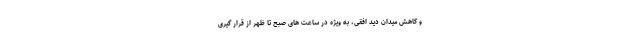
و کاهش میدان دید افقی، به ویژه در ساعت های صبح تا ظهر از قرار گیری